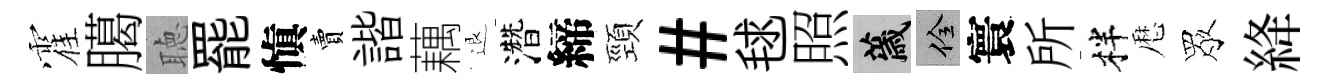
霍臈聴罷愼賣諧藕退濳締頸#毬照薉佺寰所柈厯眾絳